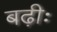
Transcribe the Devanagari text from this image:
बढ़ीः